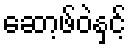
ဆော့ဖ်ဝဲနှင့်